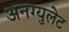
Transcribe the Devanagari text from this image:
अनग्युलेट